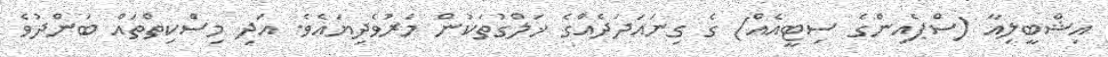
އިޝްބީލިއާ (ސްޕެއިންގެ ސިޓީއެއް) ގެ ގިނައަދަދެއްގެ ޚަލްގުތަކުން މަރުވެދިޔައެވެ. އަދި މިސްކިތްތައް ބަންދުވެ